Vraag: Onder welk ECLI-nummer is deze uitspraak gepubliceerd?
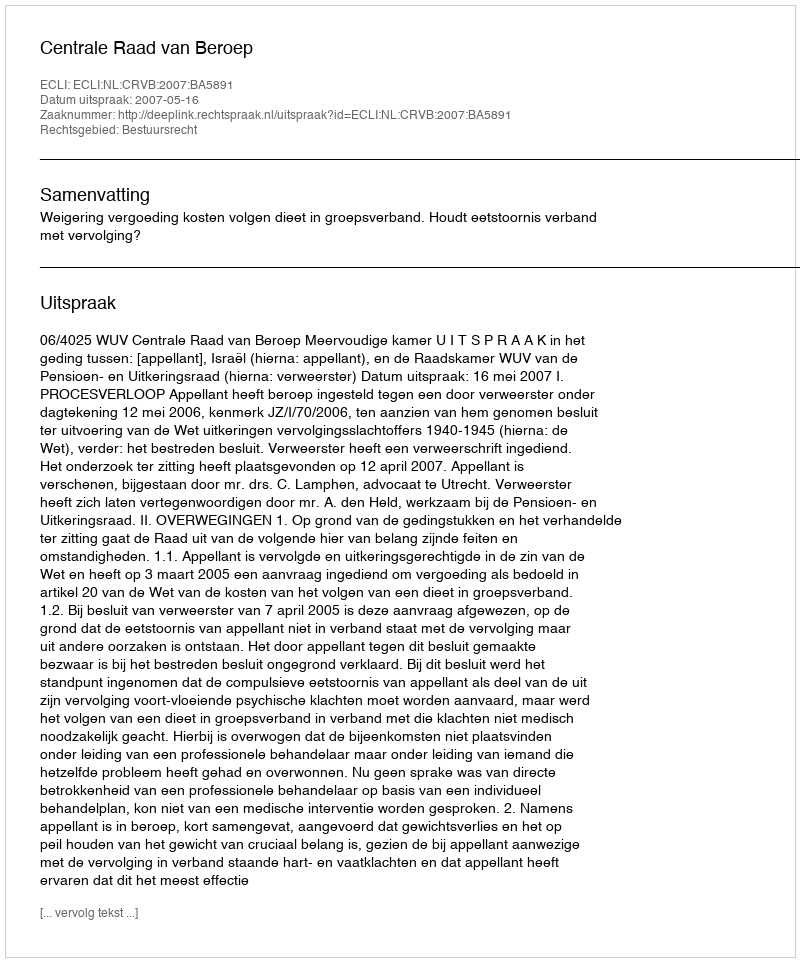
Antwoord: ECLI:NL:CRVB:2007:BA5891